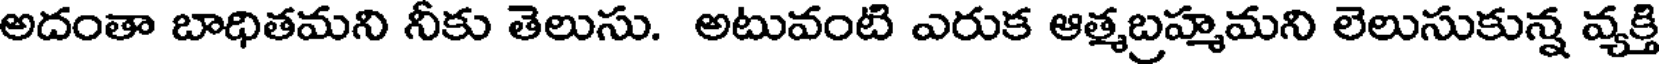
అదంతా బాధితమని నీకు తెలుసు. అటువంటి ఎరుక ఆత్మబ్రహ్మమని లెలుసుకున్న వ్యక్తి